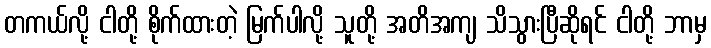
တကယ်လို့ ငါတို့ စိုက်ထားတဲ့ မြက်ပါလို့ သူတို့ အတိအကျ သိသွားပြီဆိုရင် ငါတို့ ဘာမှ